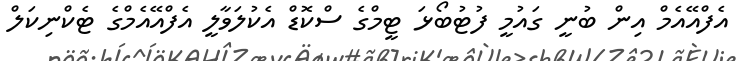
އެފްއޭއެމް އިން ބުނީ ގައުމީ ފުޓުބޯޅަ ޓީމްގެ ސްކޮޑް އެކުލަވާލީ އެފްއޭއެމްގެ ޓެކްނިކަލް